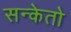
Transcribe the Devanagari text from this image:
सन्केतो